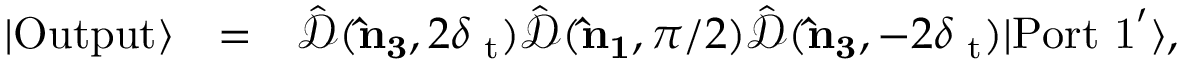
\begin{array} { r l r } { | \mathrm { O u t p u t } \rangle } & { = } & { \hat { \mathcal { D } } ( { \bf \hat { n } _ { 3 } } , 2 \delta { \it \Psi } _ { \mathrm { t } } ) \hat { \mathcal { D } } ( { \bf \hat { n } _ { 1 } } , \pi / 2 ) \hat { \mathcal { D } } ( { \bf \hat { n } _ { 3 } } , - 2 \delta { \it \Psi } _ { \mathrm { t } } ) | \mathrm { P o r t \ 1 } ^ { \prime } \rangle , } \end{array}